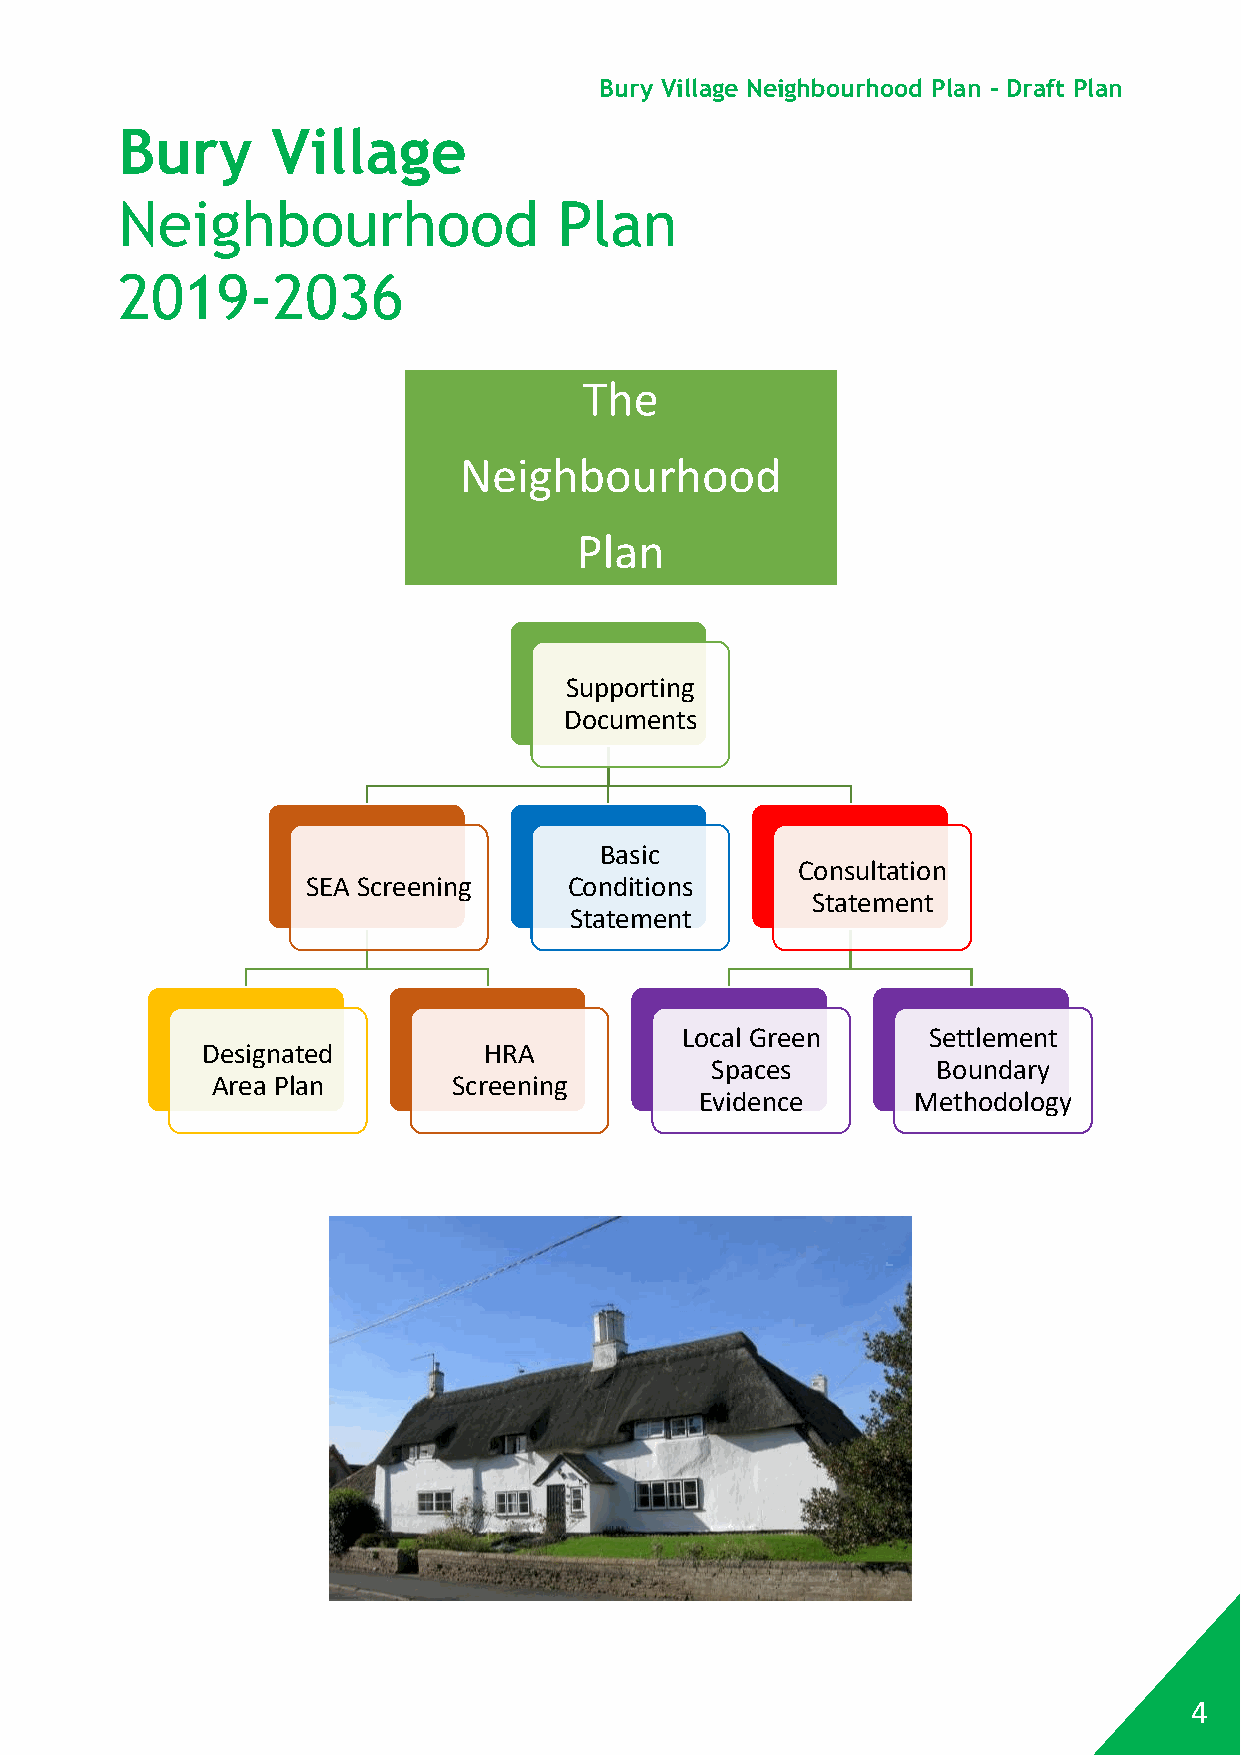
Bury Village Neighbourhood Plan - Draft Plan
 Bury      Village
 Neighbourhood                Plan
 2019-2036
 The
 Neighbourhood
 Plan
 Supporting
 Documents
 Basic
 Consultation
 SEA Screening     Conditions
 Statement
 Statement
 Local Green     Settlement
 Designated         HRA
 Spaces         Boundary
 Area Plan       Screening
 Evidence      Methodology
 4